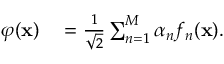
\begin{array} { r l } { \varphi ( \mathbf { x } ) } & { { } = \frac { 1 } { \sqrt { 2 } } \sum _ { n = 1 } ^ { M } \alpha _ { n } f _ { n } ( \mathbf { x } ) . } \end{array}